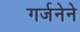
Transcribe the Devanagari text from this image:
गर्जनेने